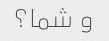
و شما؟